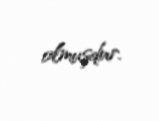
olmuşdur.